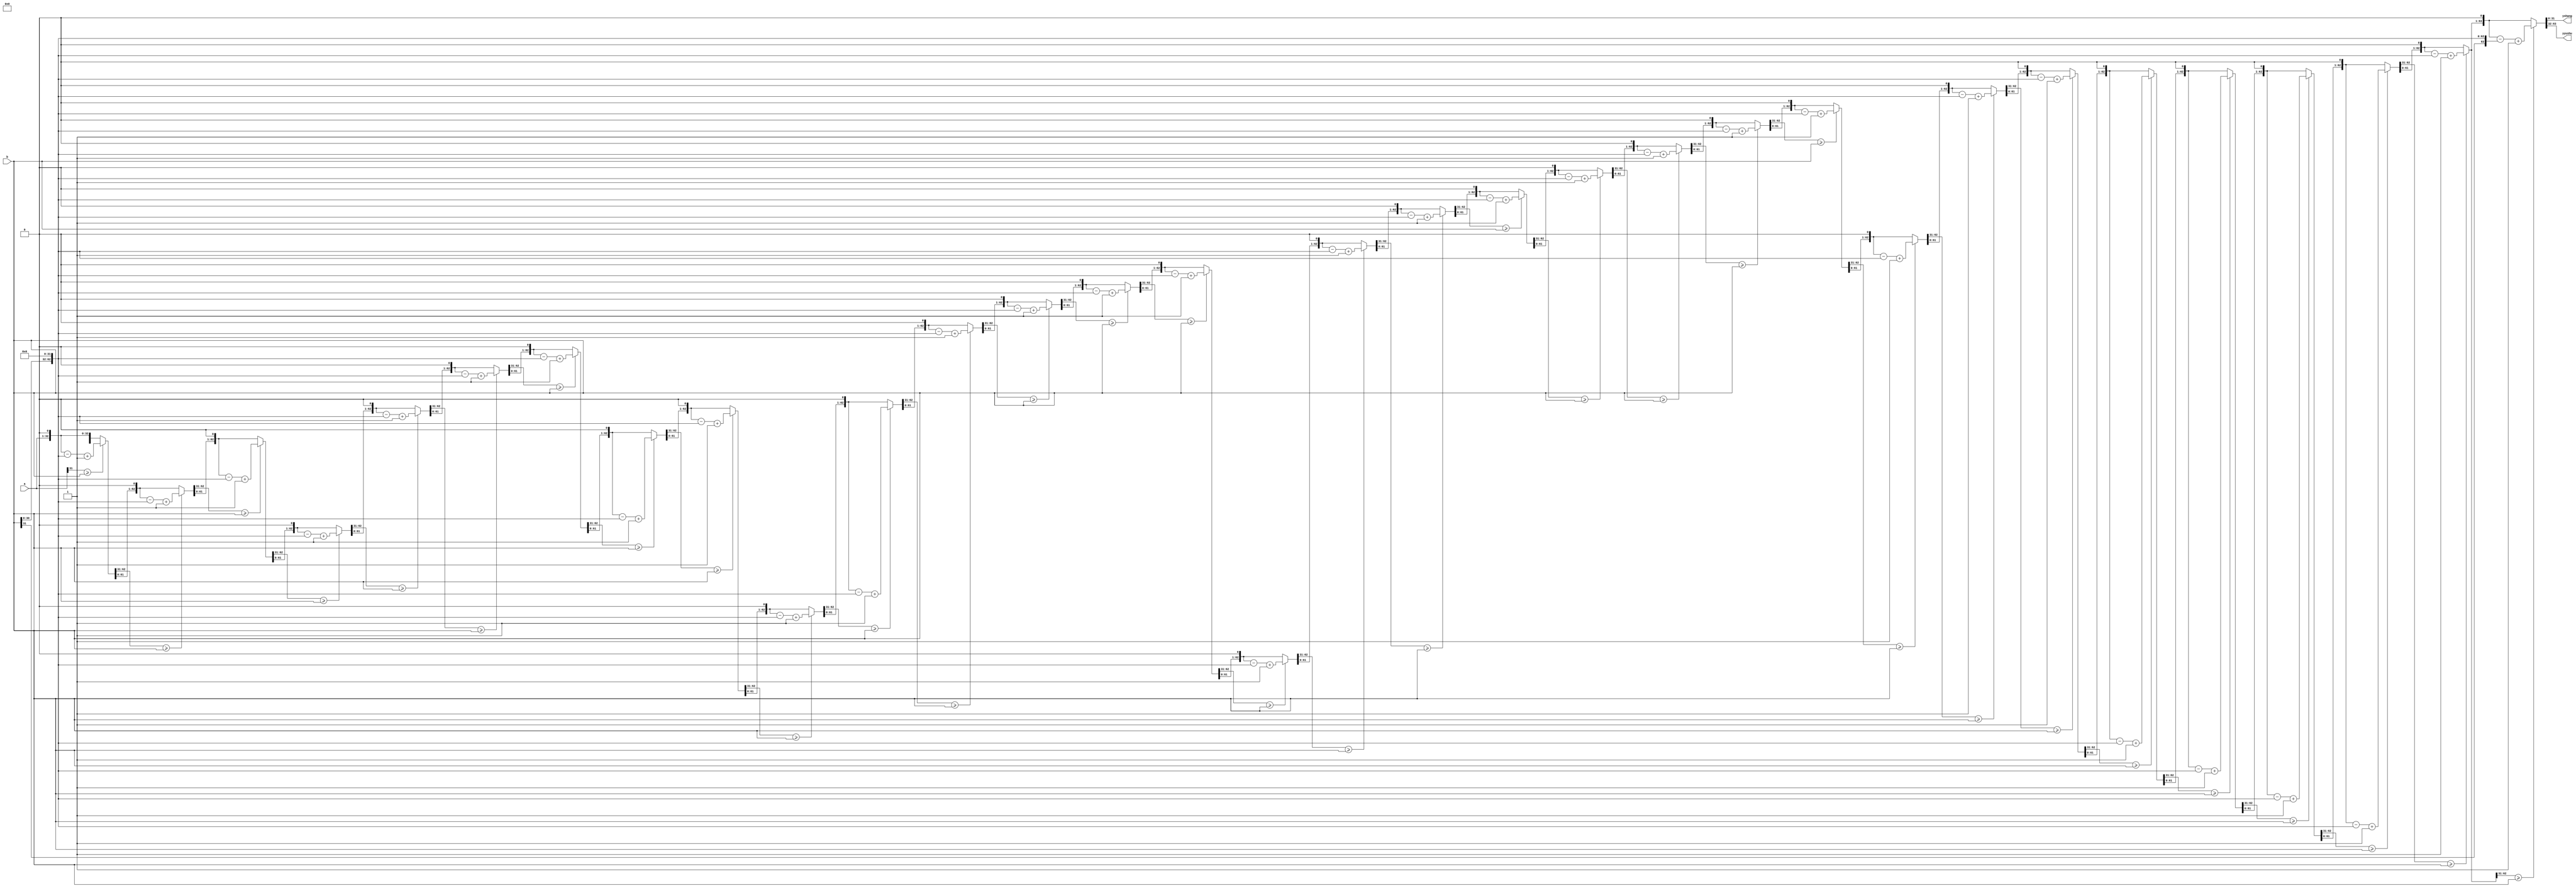
module div
(
input[31:0] a, //
input[31:0] b,//
 
output reg [31:0] yshang,
output reg [31:0] yyushu
);
 
reg[31:0] tempa;
reg[31:0] tempb;
reg[63:0] temp_a;
reg[63:0] temp_b;
 
integer i;
 
always @(a or b)
begin
    tempa <= a;
    tempb <= b;
end
 
always @(tempa or tempb)
begin
    temp_a = {32'h00000000,tempa};
    temp_b = {tempb,32'h00000000}; 
    for(i = 0;i < 32;i = i + 1)
        begin
            temp_a = {temp_a[62:0],1'b0};
            if(temp_a[63:32] >= tempb)
                temp_a = temp_a - temp_b + 1'b1;
            else
				temp_a = temp_a;
        end
 
    yshang <= temp_a[31:0];//
    yyushu <= temp_a[63:32];//
end
 
endmodule